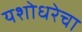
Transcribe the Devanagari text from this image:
यशोधरेचा